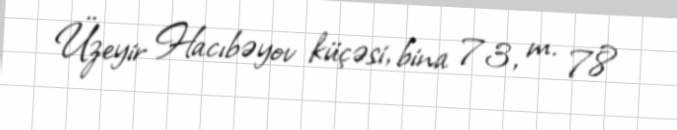
Üzeyir Hacıbəyov küçəsi, bina 73, m. 78